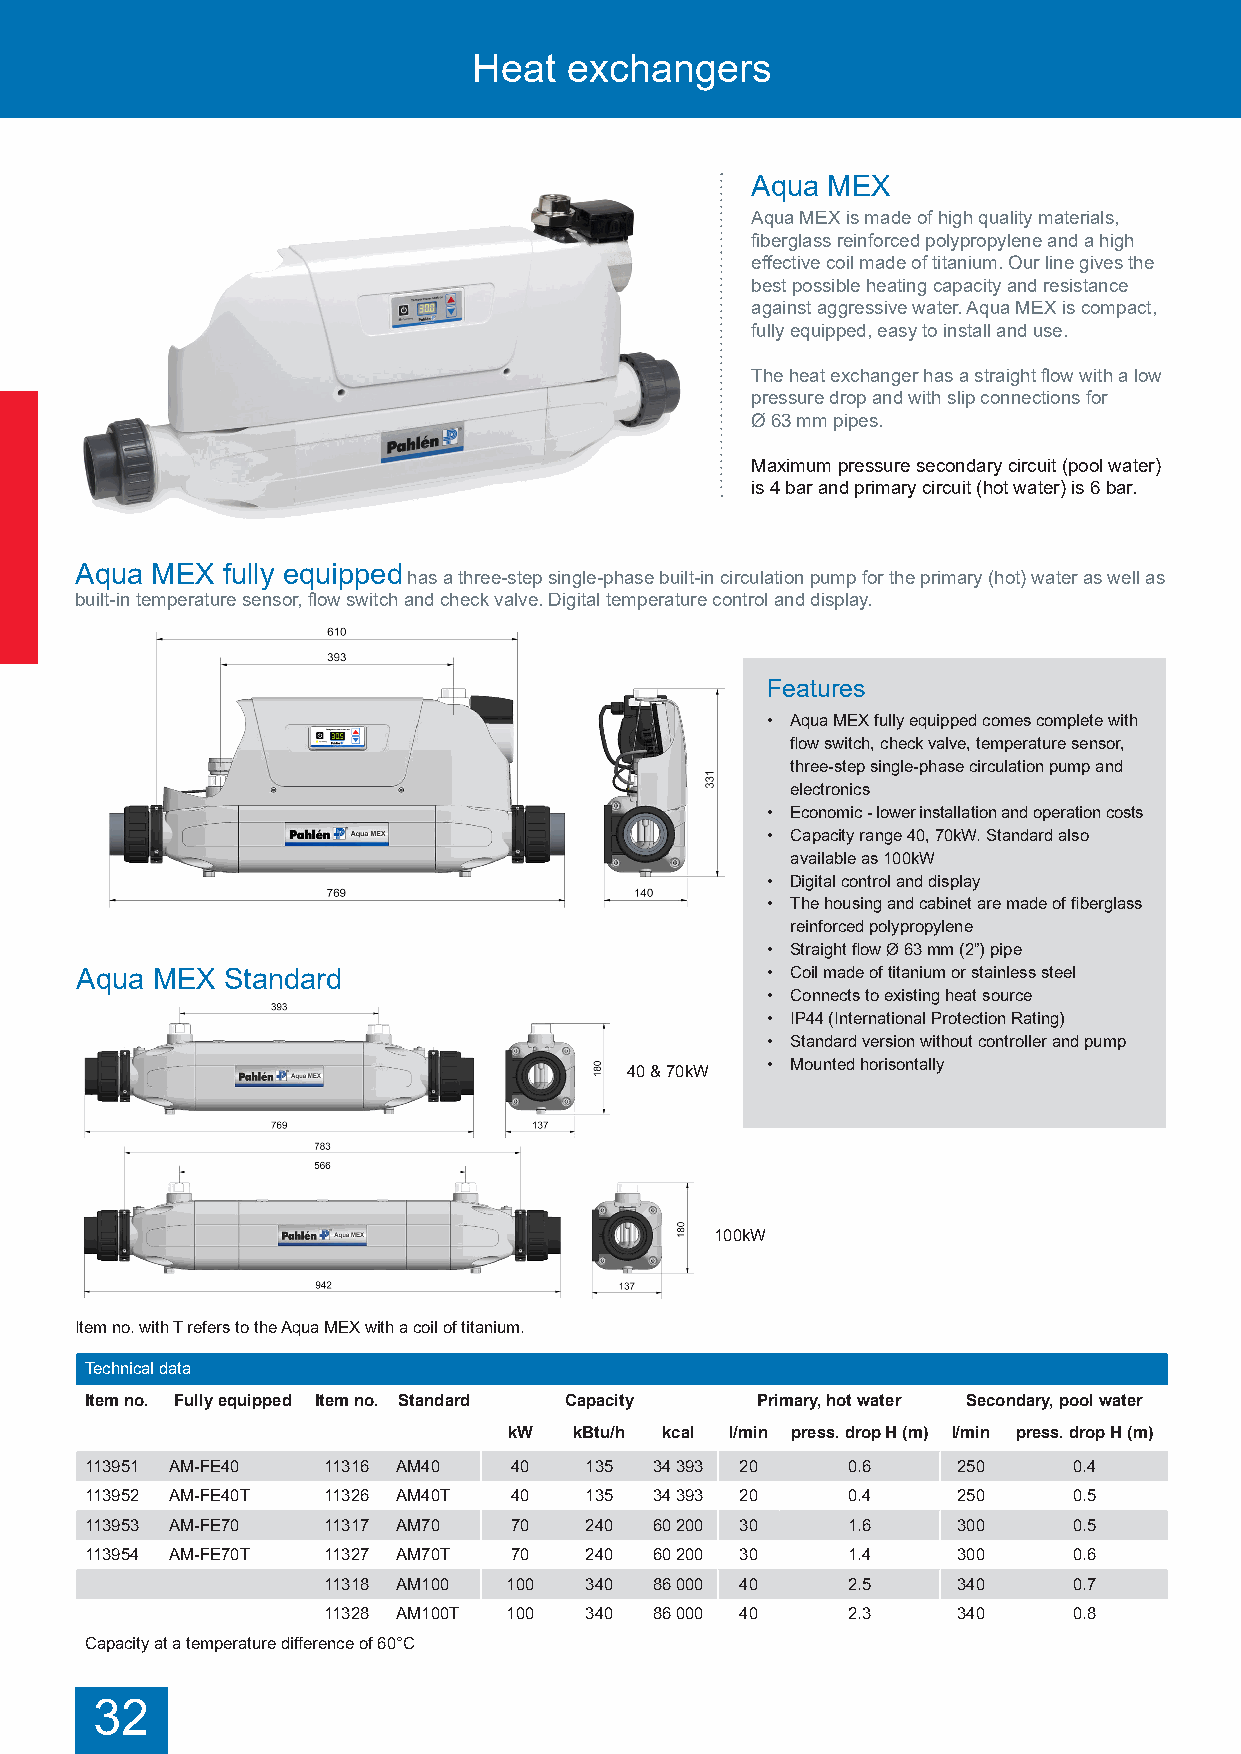
Heat   exchangers
 Aqua MEX
 Aqua MEX is made of high quality materials,
 fiberglass reinforced polypropylene and a high
 effective coil made of titanium. Our line gives the
 best possible heating capacity and resistance
 against aggressive water. Aqua MEX is compact,
 fully equipped, easy to install and use.
 The heat exchanger has a straight flow with a low
 pressure drop and with slip connections for
 Ø 63 mm pipes.
 Maximum pressure secondary circuit (pool water)
 is 4 bar and primary circuit (hot water) is 6 bar.
 Aqua MEX  fully equipped
 has a three-step single-phase built-in circulation pump for the primary (hot) water as well as
 built-in temperature sensor, flow switch and check valve. Digital temperature control and display.
 Features
 • Aqua MEX fully equipped comes complete with
 flow switch, check valve, temperature sensor,
 three-step single-phase circulation pump and
 electronics
 • Economic - lower installation and operation costs
 • Capacity range 40, 70kW. Standard also
 available as 100kW
 • Digital control and display
 • The housing and cabinet are made of fiberglass
 reinforced polypropylene
 • Straight flow Ø 63 mm (2”) pipe
 Aqua MEX  Standard                            • Coil made of titanium or stainless steel
 • Connects to existing heat source
 • IP44 (International Protection Rating)
 • Standard version without controller and pump
 • Mounted horisontally
 40 & 70kW
 100kW
 Item no. with T refers to the Aqua MEX with a coil of titanium.
 Technical data
 Item no. Fully equipped Item no. Standard Capacity Primary, hot water Secondary, pool water
 kW  kBtu/h kcal l/min press. drop H (m) l/min press. drop H (m)
 113951 AM-FE40 11316 AM40   40   135 34 393 20    0.6    250     0.4
 113952 AM-FE40T 11326 AM40T 40   135 34 393 20    0.4    250     0.5
 113953 AM-FE70 11317 AM70   70   240 60 200 30    1.6    300     0.5
 113954 AM-FE70T 11327 AM70T 70   240 60 200 30    1.4    300     0.6
 11318 AM100  100  340 86 000 40    2.5    340     0.7
 11328 AM100T 100  340 86 000 40    2.3    340     0.8
 Capacity at a temperature difference of 60°C
 32